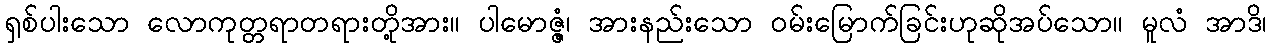
ရှစ်ပါးသော လောကုတ္တရာတရားတို့အား။ ပါမောဇ္ဇံ၊ အားနည်းသော ဝမ်းမြောက်ခြင်းဟုဆိုအပ်သော။ မူလံ အာဒိ၊